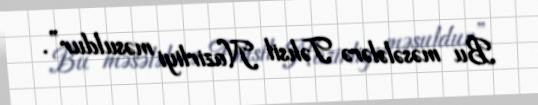
Bu məsələlərə Təhsil Nazirliyi məsuldur”.